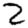
Digit: 2